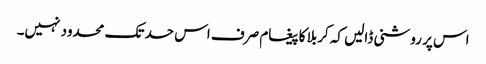
اس پر روشنی ڈالیں کہ کربلا کا پیغام صرف اس حد تک محدود نہیں۔